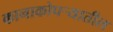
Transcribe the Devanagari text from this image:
कानाकोपर्‍यातील